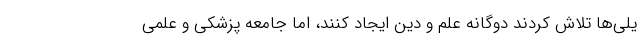
یلی‌ها تلاش کردند دوگانه علم و دین ایجاد کنند، اما جامعه پزشکی و علمی